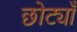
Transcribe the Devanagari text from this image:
छोट्याँ